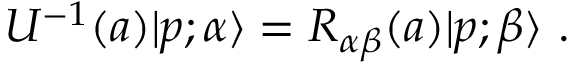
U ^ { - 1 } ( a ) | p ; \alpha \rangle = { \cal { R } } _ { \alpha \beta } ( a ) | p ; \beta \rangle ~ .